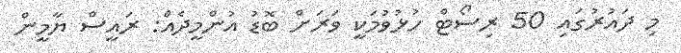
މި ދައުރުގައި 50 ރިސޯޓް ހުޅުވުމަކީ ވަރަށް ބޮޑު އުންމީދެއް: ރައީސް ޔާމީން